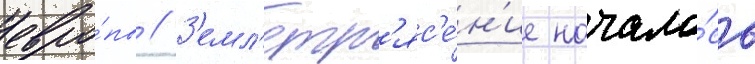
евро́пы // З'емл'етр'яс'е́н'ие начало́сь